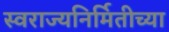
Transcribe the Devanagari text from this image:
स्वराज्यनिर्मितीच्या